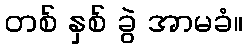
တစ် နှစ် ခွဲ အာမခံ။